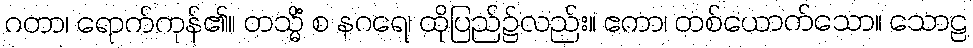
ဂတာ၊ ရောက်ကုန်၏။ တသ္မိံ စ နဂရေ၊ ထိုပြည်၌လည်း။ ဧကာ၊ တစ်ယောက်သော။ သောဠ